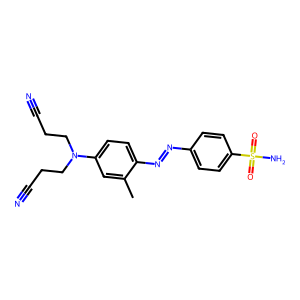
SMILES: Cc1cc(N(CCC#N)CCC#N)ccc1N=Nc1ccc(S(N)(=O)=O)cc1
Inhibits HIV replication: No